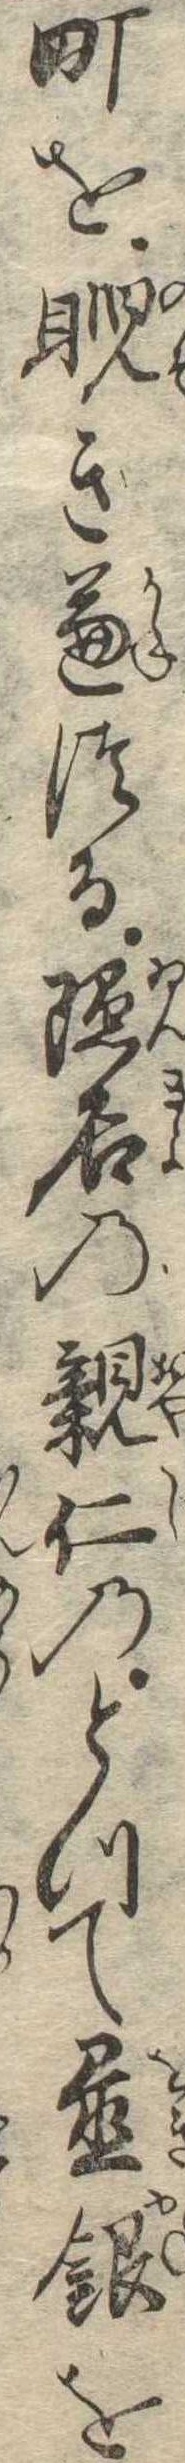
町を睨き兼つる隠居の親仁のとつて置銀を